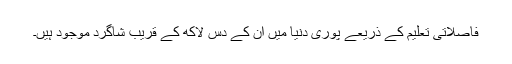
فاصلاتی تعلیم کے ذریعے پوری دنیا میں ان کے دس لاکھ کے قریب شاگرد موجود ہیں۔